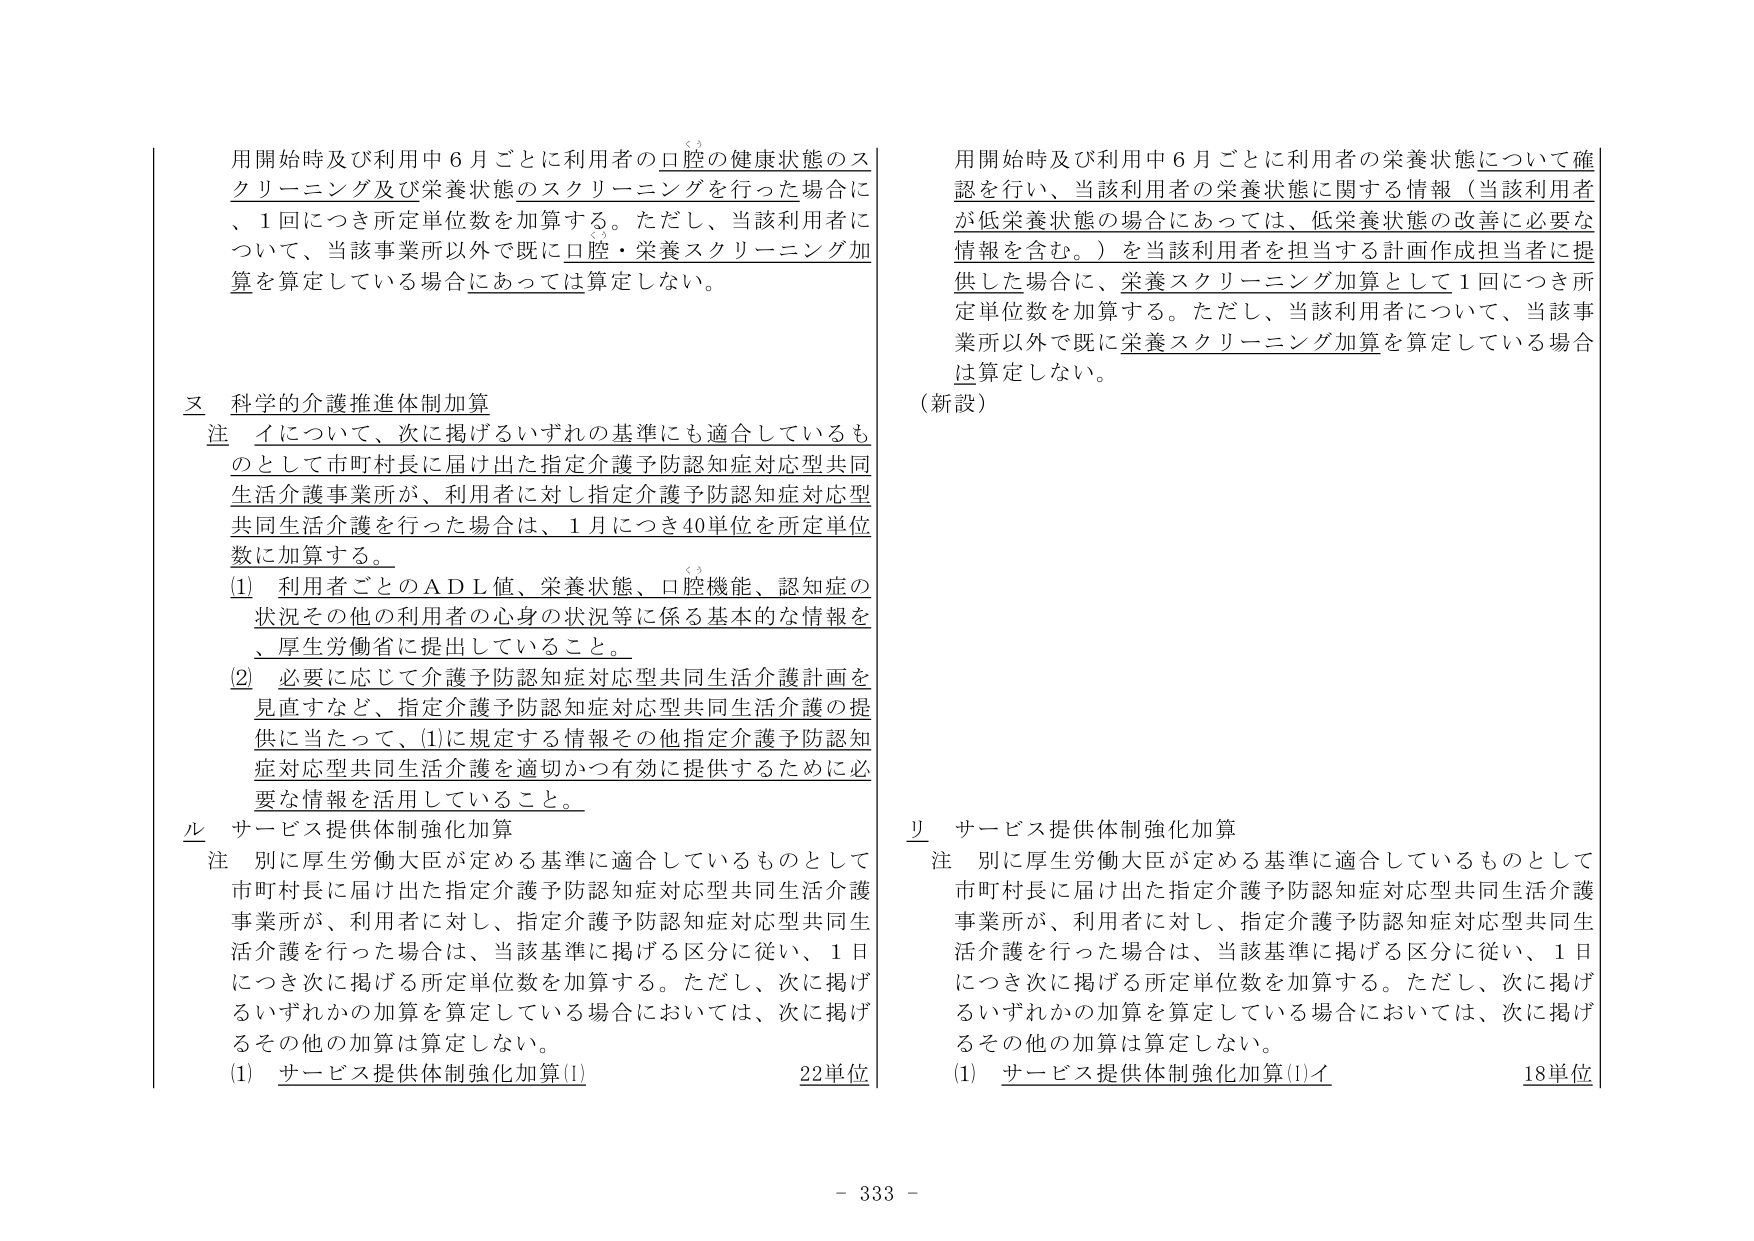
用開始時及び利用中６月ごとに利用者の口腔の健康状態のスクリーニング及び栄養状態のスクリーニングを行った場合に、１回につき所定単位数を加算する。ただし、当該利用者について、当該事業所以外で既に口腔・栄養スクリーニング加算を算定している場合にあっては算定しない。

ヌ 科学的介護推進体制加算
注 イについて、次に掲げるいずれの基準にも適合しているものとして市町村長に届け出た指定介護予防認知症対応型共同生活介護事業所が、利用者に対し指定介護予防認知症対応型共同生活介護を行った場合は、１月につき40単位を所定単位数に加算する。
(1) 利用者ごとのＡＤＬ値、栄養状態、口腔機能、認知症の状況その他利用者の心身の状況等に係る基本的な情報を、厚生労働省に提出していること。
(2) 必要に応じて介護予防認知症対応型共同生活介護計画を見直すなど、指定介護予防認知症対応型共同生活介護の提供に当たって、(1)に規定する情報その他指定介護予防認知症対応型共同生活介護を適切かつ有効に提供するために必要な情報を活用していること。

ル サービス提供体制強化加算
注 別に厚生労働大臣が定める基準に適合しているものとして市町村長に届け出た指定介護予防認知症対応型共同生活介護事業所が、利用者に対し、指定介護予防認知症対応型共同生活介護を行った場合は、当該基準に掲げる区分に従い、１日につき次に掲げる所定単位数を加算する。ただし、次に掲げるいずれかの加算を算定している場合においては、次に掲げるその他の加算は算定しない。
(1) サービス提供体制強化加算(1) 22単位

用開始時及び利用中６月ごとに利用者の栄養状態について確認を行い、当該利用者の栄養状態に関する情報（当該利用者が低栄養状態の場合にあっては、低栄養状態の改善に必要な情報を含む。）を当該利用者を担当する計画作成担当者に提供した場合に、栄養スクリーニング加算として１回につき所定単位数を加算する。ただし、当該利用者について、当該事業所以外で既に栄養スクリーニング加算を算定している場合は算定しない。
（新設）

リ サービス提供体制強化加算
注 別に厚生労働大臣が定める基準に適合しているものとして市町村長に届け出た指定介護予防認知症対応型共同生活介護事業所が、利用者に対し、指定介護予防認知症対応型共同生活介護を行った場合は、当該基準に掲げる区分に従い、１日につき次に掲げる所定単位数を加算する。ただし、次に掲げるいずれかの加算を算定している場合においては、次に掲げるその他の加算は算定しない。
(1) サービス提供体制強化加算(1)イ 18単位

- 333 -